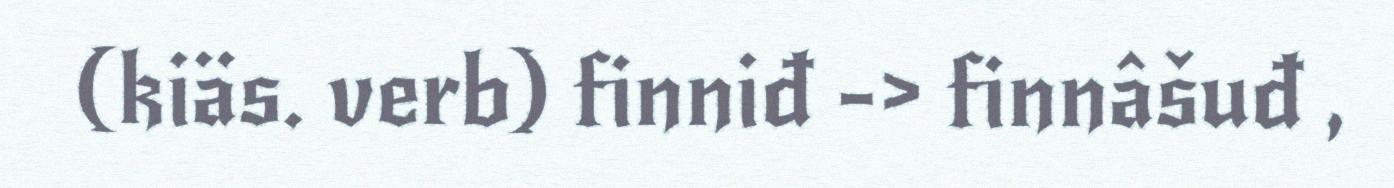
(kiäs. verb) finniđ -> finnâšuđ ,